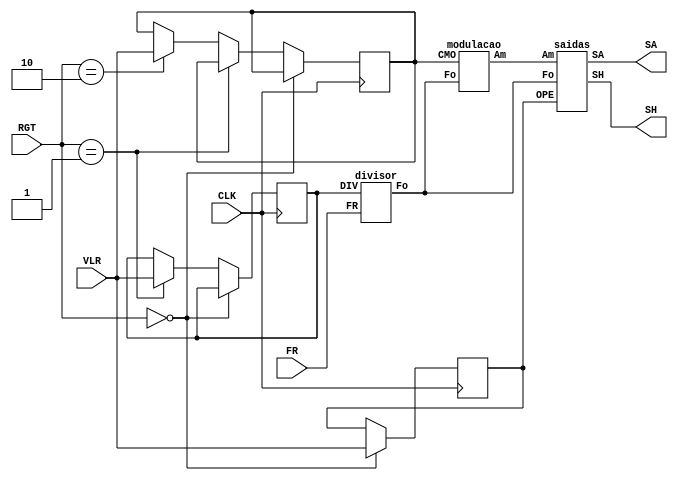
/*
Discente: Getlio Victor
Disciplina: ELTD12A - Eletrnica Digital II
Projeto: Controlador Ponte H
*/

/*
-------------Requisitos--------------
1) Registros de Operao
	- OPE (Operao)
	- DIV (Divisor de Frequncia)
	- CMO (Modulao)
2) Divisor de Frequncia
3) Modulao
4) Gerao das Sadas
*/

/*
-------Observaes-------------------
 Divisor de Frequncia
	Entradas: FR e DIV
	Sada: Fo
 Modulao
 	Entradas: Fo e CMO
 	Sada: Am
 Gerao das Sadas
 	Entradas: Am, Fo e OPE
 	Sadas: SA e SH
*/

module ponteh(CLK, RGT, VLR, FR, SA,SH);

	input CLK; // Sinal de sincronismo para se configurar a operao do circuito
	input [1:0] RGT; //Sinal de especificao de registro de operao do circuito
	input [1:0] VLR; //Sinal de especificao de valor de registro de operao do circuito
	input FR; //Sinal de sincronismo de referncia para a acionamentos das sadas
	output SA; //Controle dos pares de sada que geram rotao no sentido anti-horrio
	output SH; //Controle dos pares de sada que geram rotao no sentido horrio
	
	reg [1:0]OPE;
	reg [1:0]DIV;
	reg [1:0]CMO;
	
	wire Am, Fo;

	//Seleciona qual registro deve ser utilizado
	always@(posedge CLK) 
	begin
		if (RGT == 2'b00)
			OPE = VLR;
		else if (RGT == 2'b01)
			DIV = VLR;
		else if (RGT == 2'b10)
			CMO = VLR;
	end
	
	divisor mod1(DIV, FR, Fo);
	modulacao mod2(Fo, CMO, Am);
	saidas mod3(Am, Fo, OPE, SA, SH);
	
endmodule

//-------Divisor de Frequncia----
module divisor(DIV,FR,Fo);
	input [1:0] DIV;
	input FR;
	output reg Fo;
	reg fr2, fr4, fr8;

	always@(posedge FR)
	begin
	 fr2 = ~fr2;
	end
	
	always@(posedge fr2)
	begin
	 fr4 = ~fr4;
	end
	
	always@(posedge fr4)
	begin
	 fr8 = ~fr8; //Fo
	end
	
	always@(*)
		begin
			case(DIV)
				2'b00: Fo = FR;
				2'b01: Fo = fr2;
				2'b10: Fo = fr4;
				2'b11: Fo = fr8;
			endcase
		end
		
endmodule

//--------Modulao----------------
module modulacao(Fo,	CMO, Am);
	input [1:0] CMO;
	input Fo;
	
	reg [1:0] count;
	output reg Am;
	reg am25, am50, am75;
	

	always @(posedge Fo)
	begin
	
		count = count + 2'h1;
		
		am25 = (count < 1);
		am50 = (count < 2);
		am75 = (count < 3);
		
	end
	
	always @(*)
	begin
	
		case (CMO)
			2'd0: Am = am25;
			2'd1: Am = am50;
			2'd2: Am = am75;
			2'd3: Am = 1;
		endcase
		
	end
	
endmodule

//--------Gerao das Sadas-------
module saidas(Am, Fo, OPE, SA, SH);

	input Am;
	input Fo;
	input [1:0]OPE;
	output reg SA, SH;
	
	always@(posedge Fo)
	begin
		case(OPE)
			2'b01:
				begin
					SA = (Am && Fo);
					SH = 1'b0;
				end
			2'b10:
				begin
					SA = 1'b0;
					SH = (Am && Fo);
				end
			default:
				begin
					SA = 1'b0;
					SH = 1'b0;
				end
		endcase
			
	end


endmodule